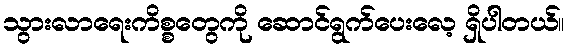
သွားလာရေးကိစ္စတွေကို ဆောင်ရွက်ပေးလေ့ ရှိပါတယ်။